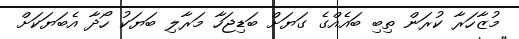
މުޒާހަރާ ކުރަން ތިބި ބައެއްގެ ގަޔަށް ބަޑިޖަހާ މަރާލި ބަޔަކު ހޯދާ އެބަޔަކަށް